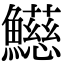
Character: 𩼰